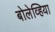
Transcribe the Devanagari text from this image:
बोलेव्हिया